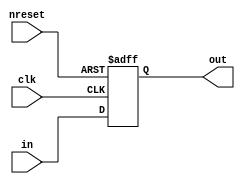
//#############################################################################
//# Function: Falling Edge Sampled Register                                   #
//#############################################################################
//# Author:   Andreas Olofsson                                                #
//# License:  MIT (see LICENSE file in OH! repository)                        #
//#############################################################################

module ohr_reg0 #(parameter N = 1)       // data width
   ( input          nreset, //async active low reset
     input 	    clk, // clk, latch when clk=0
     input [N-1:0]  in, // input data
     output [N-1:0] out  // output data (stable/latched when clk=1)
     );

`ifdef CFG_ASIC
   asic_reg0 ireg [N-1:0] (.nreset(nreset),
			    .clk(clk),
			    .in(in[N-1:0]),
			    .out(out[N-1:0]));
`else
   reg [N-1:0]      out_reg;
   always @ (negedge clk or negedge nreset)
     if(~nreset)
       out_reg[N-1:0] <= 'b0;
     else
       out_reg[N-1:0] <= in[N-1:0];
   assign out[N-1:0] = out_reg[N-1:0];
`endif

endmodule // ohr_reg0